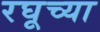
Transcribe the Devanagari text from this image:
रघूच्या